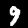
Digit: 9